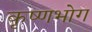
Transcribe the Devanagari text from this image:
कृष्णभोग